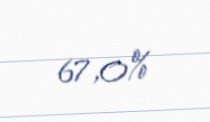
67,0%